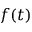
f ( t )